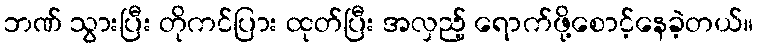
ဘဏ် သွားပြီး တိုကင်ပြား ထုတ်ပြီး အလှည့် ရောက်ဖို့စောင့်နေခဲ့တယ်။